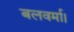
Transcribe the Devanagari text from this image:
बलवर्मा।